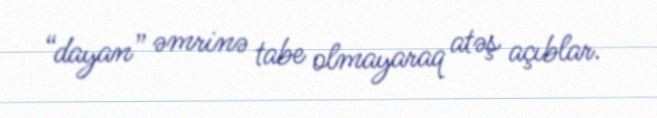
“dayan” əmrinə tabe olmayaraq atəş açıblar.